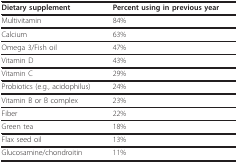
| Dietary supplement | Percent using in previous year |
 | --- | --- |
 | Multivitamin | 84% |
 | Calcium | 63% |
 | Omega 3/Fish oil | 47% |
 | Vitamin D | 43% |
 | Vitamin C | 29% |
 | Probiotics (e.g., acidophilus) | 24% |
 | Vitamin B or B complex | 23% |
 | Fiber | 22% |
 | Green tea | 18% |
 | Flax seed oil | 13% |
 | Glucosamine/chondroitin | 11% |